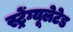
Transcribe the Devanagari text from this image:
स्ट्रेंग्यूलेटेड